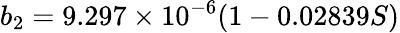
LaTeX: b_{2}=9.297\times 10^{-6}(1-0.02839S)